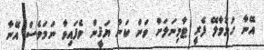
އޭނާ ހުޅުމާލޭ ފެރީ ޓާމިނަލަށް ވަން ކަން ޔަޤީން ވެފައިވާ ނަމަވެސް އޭނާ